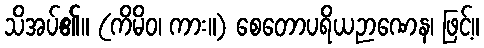
သိအပ်၏။ (ကိမိဝ၊ ကား။) စေတောပရိယဉာဏေန၊ ဖြင့်။